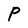
Character: P